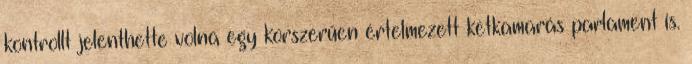
kontrollt jelenthette volna egy korszerűen értelmezett kétkamarás parlament is.